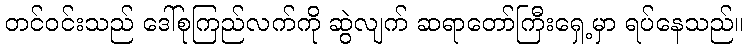
တင်ဝင်းသည် ဒေါ်စုကြည်လက်ကို ဆွဲလျက် ဆရာတော်ကြီးရှေ့မှာ ရပ်နေသည်။